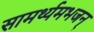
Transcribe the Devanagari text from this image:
सामर्थ्यमभजन्